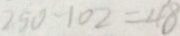
2 5 0 - 1 0 2 = 4 8